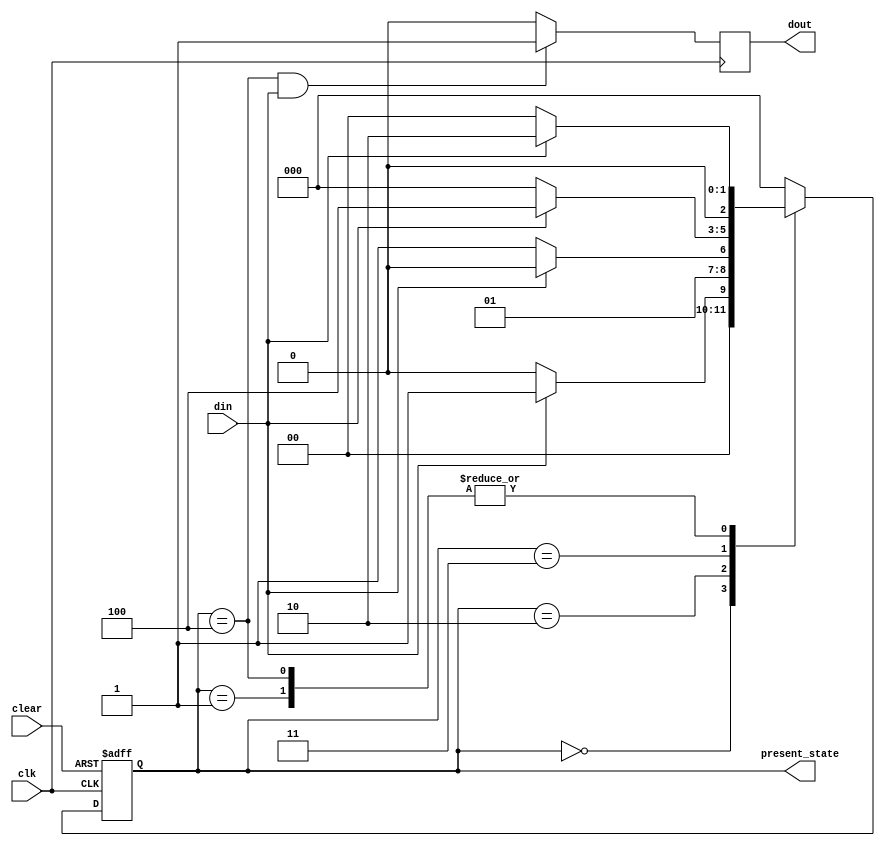
`timescale 1ns / 1ps
//MUDIT

module fsm_11011_mealy(
    input clk,
    input clear,
    input din,
    output reg dout,
    output reg [2:0] present_state
    );
    
    //variable to store the next state, depending on the number the size is decided 
    reg [2:0] next_state;
    
    // paramaters are used to name the different states so that numerical representation less
    parameter s0= 3'b000, s1= 3'b001, s2= 3'b010, s3= 3'b011, s4=3'b100;
    
    //sequential always block for reg updation 
    
    always@(posedge clk or posedge clear)
    begin 
        if( clear ==1)
            present_state <= s0;
        else 
            present_state <= next_state ;
    end
    
    // combinational always block  next variable updation 
    always@(present_state)
    begin
        case(present_state)
            s0: if(din ==1 )
                    next_state <=s1;
                else 
                    next_state <= s0;
            
            s1: if(din ==1 )
                    next_state <=s2;
                else 
                    next_state <= s0;
            
            s2: if(din ==0 )
                    next_state <=s3;
                else 
                    next_state <= s2;
            
            s3: if(din ==1 )
                    next_state <=s4;
                else 
                    next_state <= s0;  
            
            s4: if(din ==1 )
                    next_state <=s2;
                else 
                    next_state <= s0;
            
            default: next_state <= s0;
       endcase
    end  
    
    always@(posedge clk)
    begin 
        if(present_state == s4 && din ==1)
            dout <= 1;
        else 
            dout <=0;
   end 
                 
endmodule